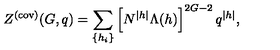
Z ^ { ( \mathrm { c o v ) } } ( G , q ) = \sum _ { \{ h _ { i } \} } \left[ N ^ { | h | } \Lambda ( h ) \right] ^ { 2 G - 2 } q ^ { | h | } ,